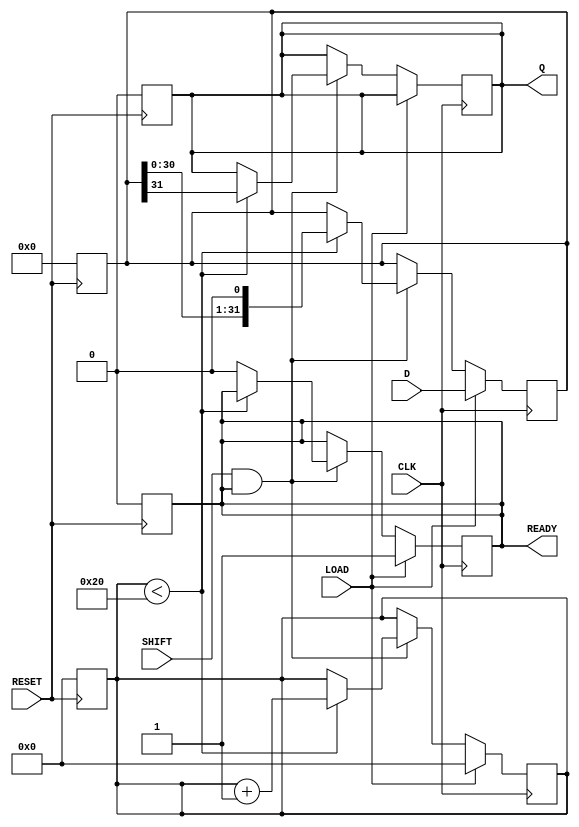
module PISO_Register (
    input wire [31:0] D,      // 32-bit data input
    input wire LOAD,          // Load control signal
    input wire CLK,           // Clock signal
    input wire SHIFT,         // Shift control signal
    input wire RESET,         // Asynchronous reset signal
    output reg Q,             // Serial output
    output reg READY          // Data ready signal
);

    reg [31:0] storage;       // Storage register for parallel data
    reg [5:0] count;          // Bit counter for shifting
    reg shifting;             // State flag for shifting operation

    // Asynchronous reset
    always @(posedge RESET) begin
        storage <= 32'b0;     // Clear storage register
        Q <= 1'b0;            // Clear serial output
        count <= 6'b0;        // Reset counter
        READY <= 1'b0;        // Clear data ready signal
        shifting <= 1'b0;     // Clear shifting state
    end

    // Load data into storage register
    always @(posedge CLK) begin
        if (LOAD) begin
            storage <= D;      // Load data into storage
            count <= 6'b0;     // Reset counter
            READY <= 1'b1;     // Indicate data is ready
            shifting <= 1'b0;   // Not in shifting state
        end
        else if (SHIFT && READY) begin
            if (count < 32) begin
                Q <= storage[31]; // Output MSB
                storage <= {storage[30:0], 1'b0}; // Shift left
                count <= count + 1; // Increment counter
            end else begin
                READY <= 1'b0;     // All bits shifted out
                shifting <= 1'b0;   // Not in shifting state
            end
        end
    end

endmodule